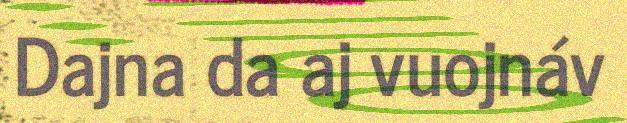
Dajna da aj vuojnáv